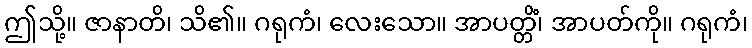
ဤသို့။ ဇာနာတိ၊ သိ၏။ ဂရုကံ၊ လေးသော။ အာပတ္တိံ၊ အာပတ်ကို။ ဂရုကံ၊